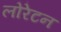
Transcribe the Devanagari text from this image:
लोरेटन